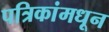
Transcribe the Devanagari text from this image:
पत्रिकांमधून